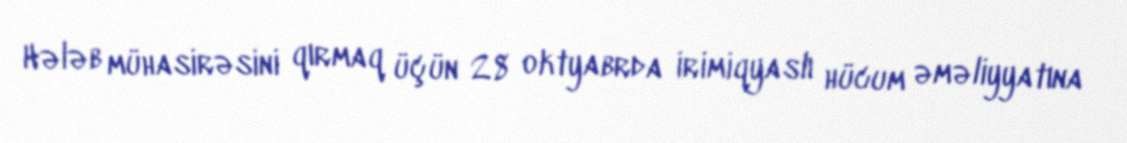
Hələb mühasirəsini qırmaq üçün 28 oktyabrda irimiqyaslı hücum əməliyyatına